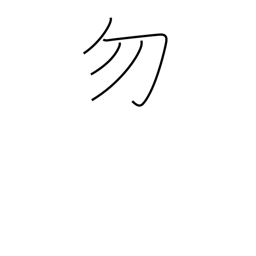
Meaning: do not